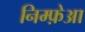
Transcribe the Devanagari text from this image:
निम्फ़ेआ